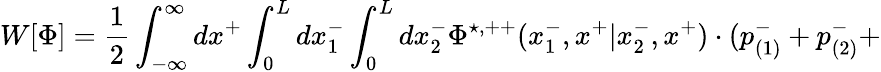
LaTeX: W[{\Phi}]=\frac{1}{2}\int_{-\infty}^{\infty}dx^{+}\int_{0}^{L}dx_{1}^{-}\int_{0}^{L}dx_{2}^{-}{\Phi}^{\star,++}(x_{1}^{-},x^{+}|x_{2}^{-},x^{+})\cdot(p_{(1)}^{-}+p_{(2)}^{-}+